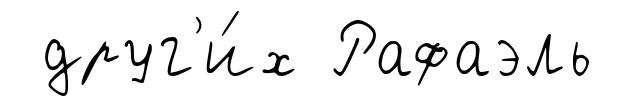
друг'и́х Рафаэль